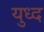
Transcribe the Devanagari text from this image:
युध्‍द